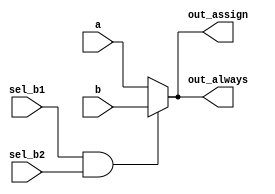
// SPDX-License-Identifier: MIT

// synthesis verilog_input_version verilog_2001
module top_module(
    input a,
    input b,
    input sel_b1,
    input sel_b2,
    output wire out_assign,
    output reg out_always   ); 

    assign out_assign = (sel_b1 & sel_b2)? b : a;
    always @(*) if (sel_b1 & sel_b2) out_always = b;  else  out_always = a;  
endmodule